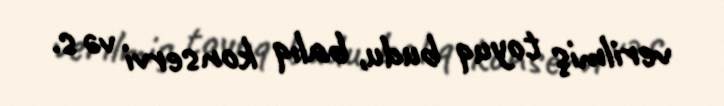
verilmiş toyuq budu, balıq konservi və s.